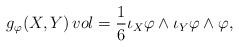
LaTeX: \begin{align*}g_{\varphi} (X,Y)\, vol=\frac{1}{6} \iota_{X}\varphi \wedge \iota_{Y}\varphi \wedge \varphi,\end{align*}